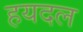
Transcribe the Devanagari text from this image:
हयदल